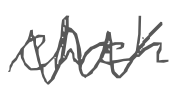
Text: church
Cross-out: zig-zag
Writing tool: digital_gray